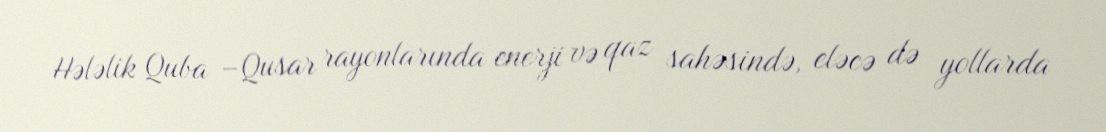
Hələlik Quba –Qusar rayonlarında enerji və qaz sahəsində, eləcə də yollarda